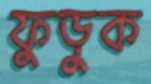
ফুড়ুক